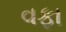
વફા